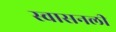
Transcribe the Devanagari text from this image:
स्वासनली